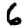
Digit: 6